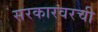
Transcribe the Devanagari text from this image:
सरकारवरची